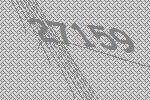
27159